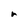
Character: r